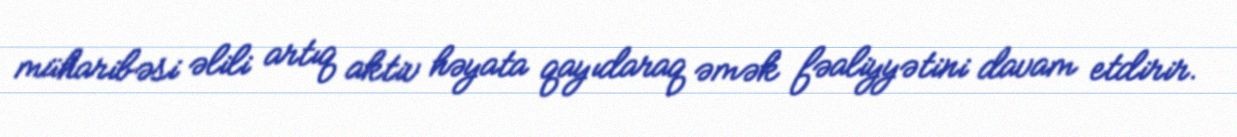
müharibəsi əlili artıq aktiv həyata qayıdaraq əmək fəaliyyətini davam etdirir.